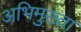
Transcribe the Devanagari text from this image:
अभिमुख्ता